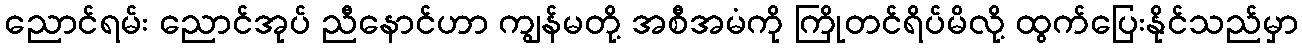
ညောင်ရမ်း ညောင်အုပ် ညီနောင်ဟာ ကျွန်မတို့ အစီအမံကို ကြိုတင်ရိပ်မိလို့ ထွက်ပြေးနိုင်သည်မှာ